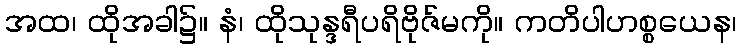
အထ၊ ထိုအခါ၌။ နံ၊ ထိုသုန္ဒရီပရိဗိုဇ်မကို။ ကတိပါဟစ္စယေန၊